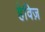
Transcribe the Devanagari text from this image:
हेविज़